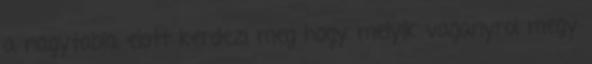
a nagytabla elott kerdezi meg hogy melyik vaganyrol megy